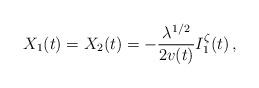
LaTeX: \begin{align*}X_1(t)=X_2(t)=-\frac{\lambda^{1/2}}{2v(t)}I^{\zeta}_1(t)\,,\end{align*}